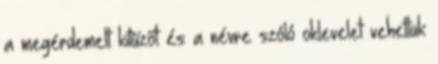
a megérdemelt kitűzőt és a névre szóló oklevelet vehettük